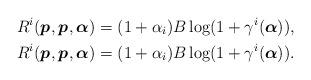
LaTeX: \begin{align*}R^{i}_{}(\boldsymbol{p_{}}, \boldsymbol{p_{}},\boldsymbol{\alpha} )&=(1+\alpha_{i})B\log(1+\gamma^{i}_{}(\boldsymbol{\alpha})), \\R^{i}_{}(\boldsymbol{p_{}}, \boldsymbol{p_{}},\boldsymbol{\alpha} )&=(1+\alpha_{i})B\log(1+\gamma^{i}_{}(\boldsymbol{\alpha})).\end{align*}